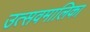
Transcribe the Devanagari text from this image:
उत्सवमालिका